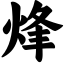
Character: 烽